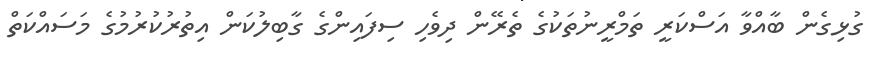
ގުޅިގެން ބާއްވާ އަސްކަރީ ތަމްރީނުތަކުގެ ތެރޭން ދިވެހި ސިފައިންގެ ގާބިލުކަން އިތުރުކުރުމުގެ މަސައްކަތް